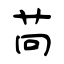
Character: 苘